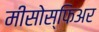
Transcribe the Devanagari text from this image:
मीसोस्फिअर